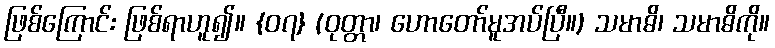
ဖြစ်ကြောင်း ဖြစ်ရာဟူ၍။ {၀၇} (ဝုတ္တာ၊ ဟောတော်မူအပ်ပြီ။) သမာဓိ၊ သမာဓိကို။